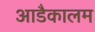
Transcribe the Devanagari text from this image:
आडैकालम